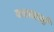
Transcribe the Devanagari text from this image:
पासबानी